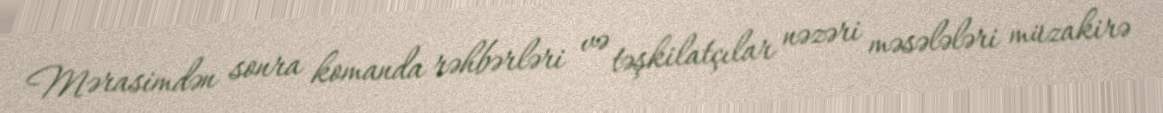
Mərasimdən sonra komanda rəhbərləri və təşkilatçılar nəzəri məsələləri müzakirə